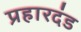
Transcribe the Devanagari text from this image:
प्रहारदंड